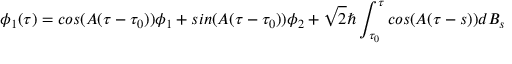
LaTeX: \phi _ { 1 } ( \tau ) = c o s ( { \cal A } ( \tau - \tau _ { 0 } ) ) \phi _ { 1 } + s i n ( { \cal A } ( \tau - \tau _ { 0 } ) ) \phi _ { 2 } + \sqrt { 2 } \hbar \int _ { \tau _ { 0 } } ^ { \tau } c o s ( { \cal A } ( \tau - s ) ) d B _ { s }